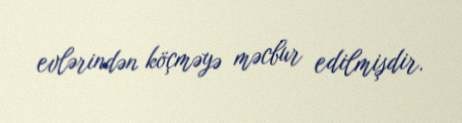
evlərindən köçməyə məcbur edilmişdir.